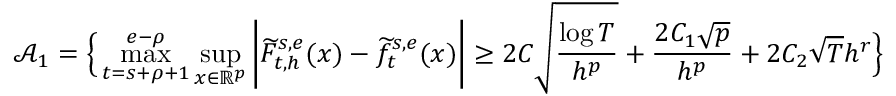
\mathcal { A } _ { 1 } = \Big \{ \operatorname* { m a x } _ { t = s + \rho + 1 } ^ { e - \rho } \operatorname* { s u p } _ { x \in \mathbb { R } ^ { p } } \bigg | \widetilde F _ { t , h } ^ { s , e } ( x ) - \widetilde f _ { t } ^ { s , e } ( x ) \bigg | \ge 2 C \sqrt { \frac { \log T } { h ^ { p } } } + \frac { 2 C _ { 1 } \sqrt { p } } { h ^ { p } } + 2 C _ { 2 } \sqrt { T } h ^ { r } \Big \}